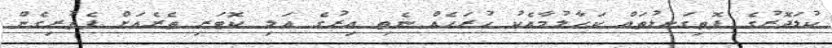
ކުޑަދޮރުގެ ފޮތިގަނޑުތައް ކަހާލުމާއެކު ހުރަހެއް ނެތި އިރުގެ އަލި ކޮޓަރި ތެރެއަށް ފެތުރިގެން